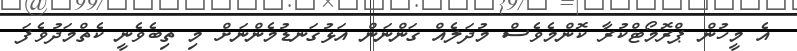
އެ މީހުން ޕްރޮމޯޓްކުރާ ކޮންމެވެސް މުދަލެއް ގަންނަން އަޅުގަނޑުމެންނަށް މި ތިބެވެނީ ކެތްމަދުވެފަ